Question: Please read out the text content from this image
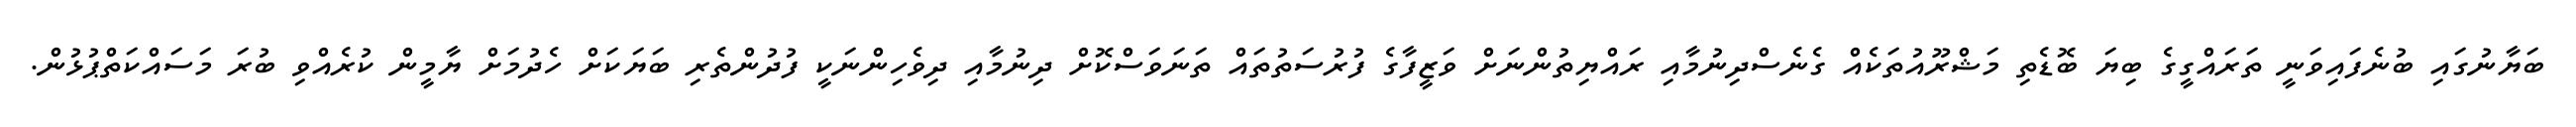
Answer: ބަޔާނުގައި ބުނެފައިވަނީ ތަރައްގީގެ ބިޔަ ބޮޑެތި މަޝްރޫއުތަކެއް ގެނެސްދިނުމާއި ރައްޔިތުންނަށް ވަޒީފާގެ ފުރުސަތުތައް ތަނަވަސްކޮށް ދިނުމާއި ދިވެހިންނަކީ ފުދުންތެރި ބަޔަކަށް ހެދުމަށް ޔާމީން ކުރެއްވި ބުރަ މަސައްކަތްޕުޅުން.